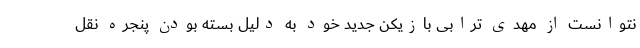
نتوانست از مهدی ترابی بازیکن جدید خود به دلیل بسته بودن پنجره نقل